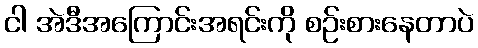
ငါ အဲဒီအကြောင်းအရင်းကို စဉ်းစားနေတာပဲ